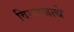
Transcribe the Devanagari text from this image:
विगतजत्थे